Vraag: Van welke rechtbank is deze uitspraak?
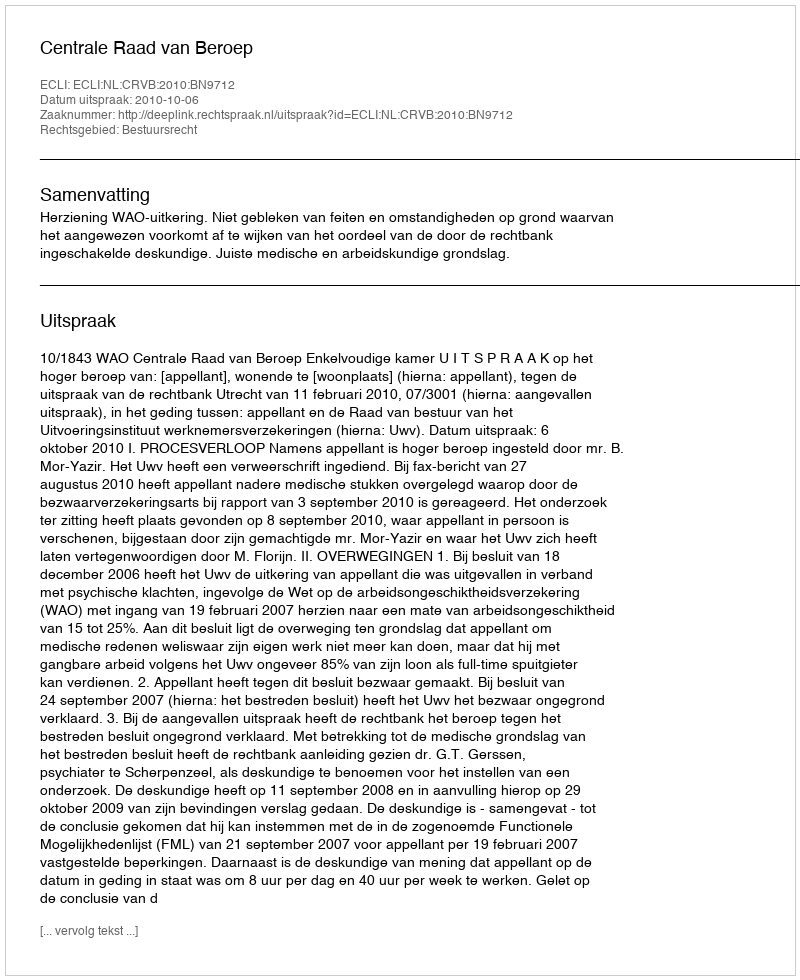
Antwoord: Centrale Raad van Beroep